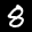
Label: 8